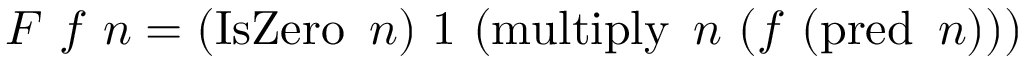
F \ f \ n = ( \operatorname { I s Z e r o } \ n ) \ 1 \ ( \operatorname { m u l t i p l y } \ n \ ( f \ ( \operatorname { p r e d } \ n ) ) )